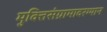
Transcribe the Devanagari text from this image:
मुक्तिसंग्रामादरम्यान